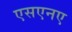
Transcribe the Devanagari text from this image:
एसएनए